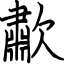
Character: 歗